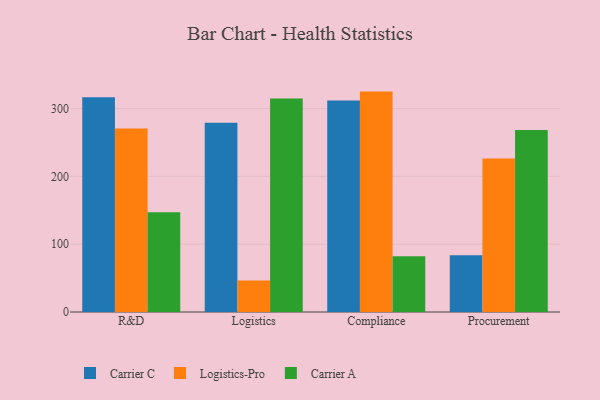
{"axis": {"x": "Department", "y": "Temperature (°C)"}, "legend": ["Carrier A", "Carrier C", "Logistics-Pro"], "data": [{"x": "R&D", "y": 316.5, "type": "Carrier C"}, {"x": "R&D", "y": 270.5, "type": "Logistics-Pro"}, {"x": "R&D", "y": 147.2, "type": "Carrier A"}, {"x": "Logistics", "y": 279.2, "type": "Carrier C"}, {"x": "Logistics", "y": 46.3, "type": "Logistics-Pro"}, {"x": "Logistics", "y": 314.7, "type": "Carrier A"}, {"x": "Compliance", "y": 312.0, "type": "Carrier C"}, {"x": "Compliance", "y": 325.0, "type": "Logistics-Pro"}, {"x": "Compliance", "y": 82.2, "type": "Carrier A"}, {"x": "Procurement", "y": 83.8, "type": "Carrier C"}, {"x": "Procurement", "y": 226.5, "type": "Logistics-Pro"}, {"x": "Procurement", "y": 268.4, "type": "Carrier A"}]}